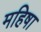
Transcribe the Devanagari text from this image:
महिषा